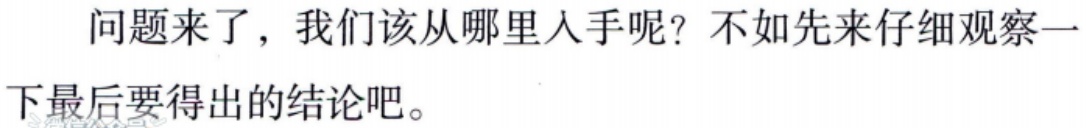
问题来了，我们该从哪里入手呢？不如先来仔细观察一下最后要得出的结论吧。